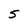
Character: S